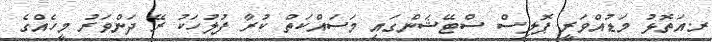
ރ.އަތޮޅު މަޑުއްވަރީ ޕޮލިސް ސްޓޭޝަންގައި މަސައްކަތް ކުރާ ފުލުހަކު ރޭ ދަންވަރު މީހެއްގެ